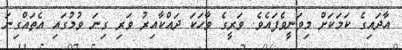
އާދައިގެ ކަމަކަށް މިވަނީވެފައެވެ. ވަރީގެ ވާހަކަ ދައްކާއިރު ވަރި ގިނަ ވުމުގައި އެތައްގިނަ